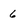
Character: 6